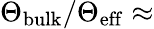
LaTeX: \Theta_{\mathrm{bulk}}/\Theta_{\mathrm{eff}}\approx